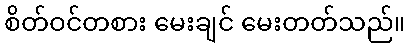
စိတ်ဝင်တစား မေးချင် မေးတတ်သည်။